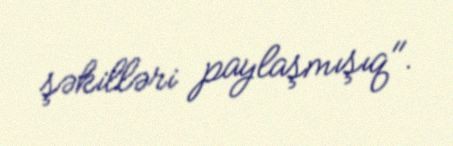
şəkilləri paylaşmışıq".